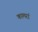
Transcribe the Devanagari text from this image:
कामरां